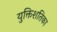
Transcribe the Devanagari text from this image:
युक्तिशतिका